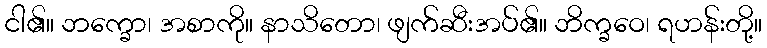
ငါ၏။ ဘက္ခော၊ အစာကို။ နာသိတော၊ ဖျက်ဆီးအပ်၏။ ဘိက္ခဝေ၊ ရဟန်းတို့။